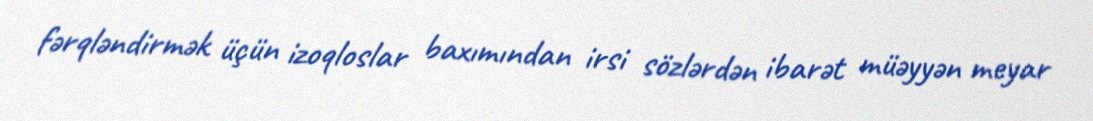
fərqləndirmək üçün izoqloslar baxımından irsi sözlərdən ibarət müəyyən meyar